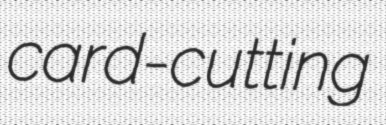
card-cutting